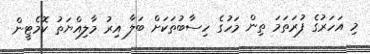
މި އަހަރުގެ ފުރަތަމަ ތިން މަހުގެ ހިސާބުތަކަށް ބަލާ އިރު މާލިއްޔަތު ކޮމެޓީން